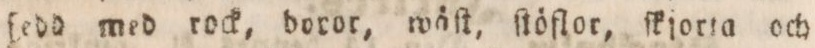
ſedd med rock, doror, wäſt, ſtöflor, ſkjorta och